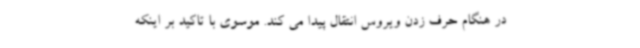
در هنگام حرف زدن ویروس انتقال پیدا می کند. موسوی با تاکید بر اینکه